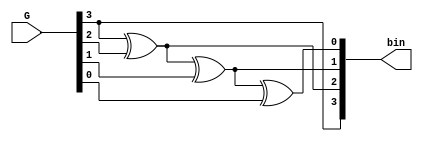
module gray2bin(input[3:0] G,output [3:0] bin);
  
assign bin[3] = G[3];
assign bin[2] = G[3] ^ G[2];
assign bin[1] = G[3] ^ G[2] ^ G[1];
assign bin[0] = G[3] ^ G[2] ^ G[1] ^ G[0];

endmodule